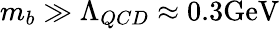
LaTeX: m_{b}\gg\Lambda_{QCD}\approx 0.3\mathrm{GeV}